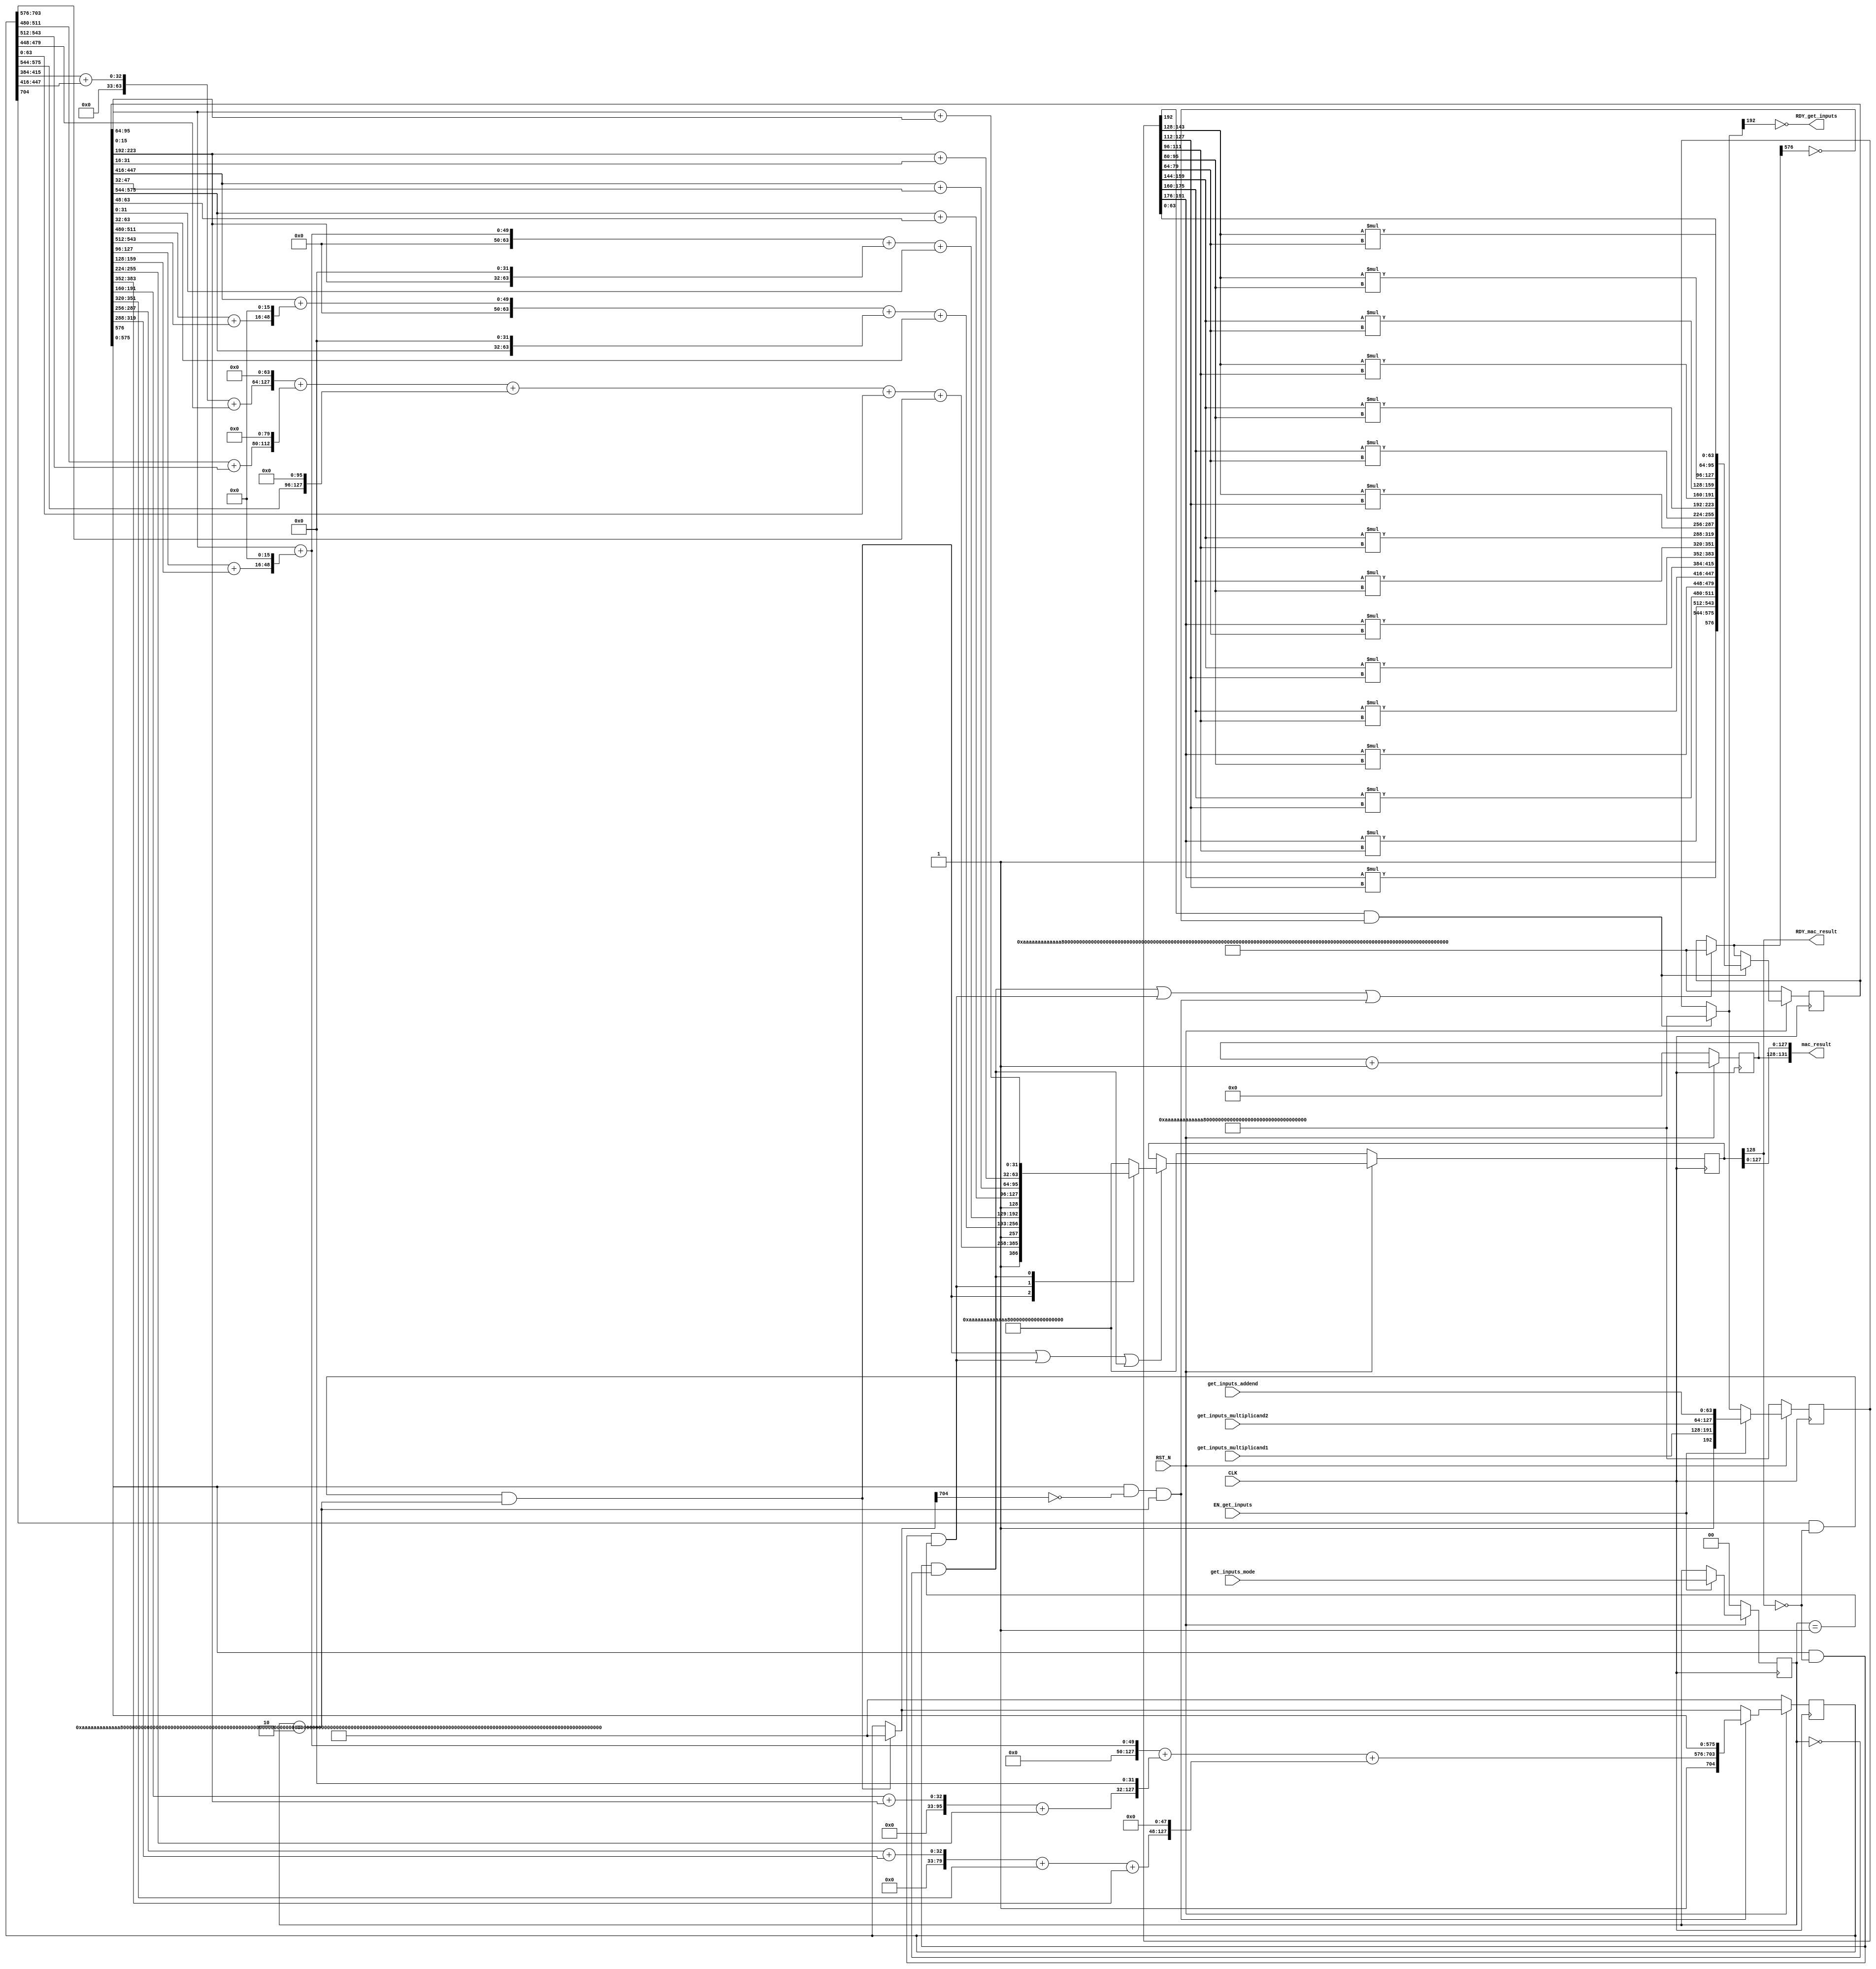
//
// Generated by Bluespec Compiler, version 2021.12.1 (build fd501401)
//
// On Tue May  9 21:53:42 IST 2023
//
//
// Ports:
// Name                         I/O  size props
// RDY_get_inputs                 O     1
// mac_result                     O   132
// RDY_mac_result                 O     1
// CLK                            I     1 clock
// RST_N                          I     1 reset
// get_inputs_multiplicand1       I    64
// get_inputs_multiplicand2       I    64
// get_inputs_addend              I    64
// get_inputs_mode                I     2 reg
// EN_get_inputs                  I     1
//
// No combinational paths from inputs to outputs
//
//

`ifdef BSV_ASSIGNMENT_DELAY
`else
  `define BSV_ASSIGNMENT_DELAY
`endif

`ifdef BSV_POSITIVE_RESET
  `define BSV_RESET_VALUE 1'b1
  `define BSV_RESET_EDGE posedge
`else
  `define BSV_RESET_VALUE 1'b0
  `define BSV_RESET_EDGE negedge
`endif

module mkMAC64(CLK,
	       RST_N,

	       get_inputs_multiplicand1,
	       get_inputs_multiplicand2,
	       get_inputs_addend,
	       get_inputs_mode,
	       EN_get_inputs,
	       RDY_get_inputs,

	       mac_result,
	       RDY_mac_result);
  input  CLK;
  input  RST_N;

  // action method get_inputs
  input  [63 : 0] get_inputs_multiplicand1;
  input  [63 : 0] get_inputs_multiplicand2;
  input  [63 : 0] get_inputs_addend;
  input  [1 : 0] get_inputs_mode;
  input  EN_get_inputs;
  output RDY_get_inputs;

  // value method mac_result
  output [131 : 0] mac_result;
  output RDY_mac_result;

  // signals for module outputs
  wire [131 : 0] mac_result;
  wire RDY_get_inputs, RDY_mac_result;

  // inlined wires
  reg [128 : 0] mac_output_rv$port1__write_1;
  wire [704 : 0] partial_sum_rv$port1__read,
		 partial_sum_rv$port1__write_1,
		 partial_sum_rv$port2__read;
  wire [576 : 0] partial_product_rv$port1__read,
		 partial_product_rv$port1__write_1,
		 partial_product_rv$port2__read;
  wire [192 : 0] mac_inputs_rv$port1__read,
		 mac_inputs_rv$port1__write_1,
		 mac_inputs_rv$port2__read;
  wire [128 : 0] mac_output_rv$port2__read;
  wire mac_output_rv$EN_port1__write, partial_product_rv$EN_port0__write;

  // register counter
  reg [3 : 0] counter;
  wire [3 : 0] counter$D_IN;
  wire counter$EN;

  // register mac_inputs_rv
  reg [192 : 0] mac_inputs_rv;
  wire [192 : 0] mac_inputs_rv$D_IN;
  wire mac_inputs_rv$EN;

  // register mac_output_rv
  reg [128 : 0] mac_output_rv;
  wire [128 : 0] mac_output_rv$D_IN;
  wire mac_output_rv$EN;

  // register mode_r
  reg [1 : 0] mode_r;
  wire [1 : 0] mode_r$D_IN;
  wire mode_r$EN;

  // register partial_product_rv
  reg [576 : 0] partial_product_rv;
  wire [576 : 0] partial_product_rv$D_IN;
  wire partial_product_rv$EN;

  // register partial_sum_rv
  reg [704 : 0] partial_sum_rv;
  wire [704 : 0] partial_sum_rv$D_IN;
  wire partial_sum_rv$EN;

  // rule scheduling signals
  wire CAN_FIRE_RL_cycle_count,
       CAN_FIRE_RL_rl_generate_partials,
       CAN_FIRE_RL_rl_mac_16,
       CAN_FIRE_RL_rl_mac_32,
       CAN_FIRE_RL_rl_mac_64_1,
       CAN_FIRE_RL_rl_mac_64_2,
       CAN_FIRE_get_inputs,
       WILL_FIRE_RL_cycle_count,
       WILL_FIRE_RL_rl_generate_partials,
       WILL_FIRE_RL_rl_mac_16,
       WILL_FIRE_RL_rl_mac_32,
       WILL_FIRE_RL_rl_mac_64_1,
       WILL_FIRE_RL_rl_mac_64_2,
       WILL_FIRE_get_inputs;

  // inputs to muxes for submodule ports
  wire [128 : 0] MUX_mac_output_rv$port1__write_1__VAL_1,
		 MUX_mac_output_rv$port1__write_1__VAL_2,
		 MUX_mac_output_rv$port1__write_1__VAL_3;

  // remaining internal signals
  wire [127 : 0] x023_PLUS_y024__q5,
		 x387_PLUS_y388__q1,
		 x469_PLUS_y470__q2,
		 x488_PLUS_y489__q4,
		 x591_PLUS_y592__q3,
		 x__h3899,
		 x__h3925,
		 x__h3927,
		 x__h3929,
		 x__h4387,
		 x__h4469,
		 x__h4471,
		 x__h4591,
		 x__h4593,
		 x__h4595,
		 x__h6470,
		 x__h6471,
		 x__h6473,
		 x__h6475,
		 x__h6488,
		 x__h6490,
		 x__h7023,
		 y__h3926,
		 y__h3928,
		 y__h3930,
		 y__h4388,
		 y__h4470,
		 y__h4472,
		 y__h4592,
		 y__h4594,
		 y__h4596,
		 y__h6472,
		 y__h6474,
		 y__h6476,
		 y__h6489,
		 y__h6491,
		 y__h7024;
  wire [63 : 0] _0_CONCAT_mac_inputs_rv_port0__read_BITS_143_TO_ETC___d47,
		_0_CONCAT_mac_inputs_rv_port0__read_BITS_143_TO_ETC___d55,
		_0_CONCAT_mac_inputs_rv_port0__read_BITS_143_TO_ETC___d60,
		_0_CONCAT_mac_inputs_rv_port0__read_BITS_143_TO_ETC___d62,
		_0_CONCAT_mac_inputs_rv_port0__read_BITS_159_TO_ETC___d33,
		_0_CONCAT_mac_inputs_rv_port0__read_BITS_159_TO_ETC___d43,
		_0_CONCAT_mac_inputs_rv_port0__read_BITS_159_TO_ETC___d52,
		_0_CONCAT_mac_inputs_rv_port0__read_BITS_159_TO_ETC___d57,
		_0_CONCAT_mac_inputs_rv_port0__read_BITS_175_TO_ETC___d22,
		_0_CONCAT_mac_inputs_rv_port0__read_BITS_175_TO_ETC___d29,
		_0_CONCAT_mac_inputs_rv_port0__read_BITS_175_TO_ETC___d40,
		_0_CONCAT_mac_inputs_rv_port0__read_BITS_175_TO_ETC___d50,
		_0_CONCAT_mac_inputs_rv_port0__read_BITS_191_TO_ETC___d13,
		_0_CONCAT_mac_inputs_rv_port0__read_BITS_191_TO_ETC___d17,
		_0_CONCAT_mac_inputs_rv_port0__read_BITS_191_TO_ETC___d26,
		_0_CONCAT_mac_inputs_rv_port0__read_BITS_191_TO_ETC___d38,
		mac_32_1__h7245,
		mac_32_2__h7246,
		x306_PLUS_y307__q6,
		x444_PLUS_y445__q7,
		x__h7266,
		x__h7268,
		x__h7270,
		x__h7306,
		x__h7404,
		x__h7406,
		x__h7408,
		x__h7444,
		y__h7267,
		y__h7269,
		y__h7271,
		y__h7307,
		y__h7405,
		y__h7407,
		y__h7409,
		y__h7445;
  wire [31 : 0] mac_16_1__h7572,
		mac_16_2__h7573,
		mac_16_3__h7574,
		mac_16_4__h7575;

  // action method get_inputs
  assign RDY_get_inputs = !mac_inputs_rv$port1__read[192] ;
  assign CAN_FIRE_get_inputs = !mac_inputs_rv$port1__read[192] ;
  assign WILL_FIRE_get_inputs = EN_get_inputs ;

  // value method mac_result
  assign mac_result = { counter, mac_output_rv[127:0] } ;
  assign RDY_mac_result = mac_output_rv[128] ;

  // rule RL_cycle_count
  assign CAN_FIRE_RL_cycle_count = 1'd1 ;
  assign WILL_FIRE_RL_cycle_count = 1'd1 ;

  // rule RL_rl_mac_64_2
  assign CAN_FIRE_RL_rl_mac_64_2 =
	     partial_sum_rv[704] && !mac_output_rv[128] && mode_r == 2'h2 ;
  assign WILL_FIRE_RL_rl_mac_64_2 = CAN_FIRE_RL_rl_mac_64_2 ;

  // rule RL_rl_mac_64_1
  assign CAN_FIRE_RL_rl_mac_64_1 =
	     partial_product_rv[576] && !partial_sum_rv$port1__read[704] &&
	     mode_r == 2'h2 ;
  assign WILL_FIRE_RL_rl_mac_64_1 = CAN_FIRE_RL_rl_mac_64_1 ;

  // rule RL_rl_mac_32
  assign CAN_FIRE_RL_rl_mac_32 =
	     partial_product_rv[576] && !mac_output_rv[128] &&
	     mode_r == 2'h1 ;
  assign WILL_FIRE_RL_rl_mac_32 = CAN_FIRE_RL_rl_mac_32 ;

  // rule RL_rl_mac_16
  assign CAN_FIRE_RL_rl_mac_16 =
	     partial_product_rv[576] && !mac_output_rv[128] &&
	     mode_r == 2'h0 ;
  assign WILL_FIRE_RL_rl_mac_16 = CAN_FIRE_RL_rl_mac_16 ;

  // rule RL_rl_generate_partials
  assign CAN_FIRE_RL_rl_generate_partials =
	     mac_inputs_rv[192] && !partial_product_rv$port1__read[576] ;
  assign WILL_FIRE_RL_rl_generate_partials =
	     CAN_FIRE_RL_rl_generate_partials ;

  // inputs to muxes for submodule ports
  assign MUX_mac_output_rv$port1__write_1__VAL_1 =
	     { 1'd1, x__h6470 + partial_sum_rv[703:576] } ;
  assign MUX_mac_output_rv$port1__write_1__VAL_2 =
	     { 1'd1, mac_32_2__h7246, mac_32_1__h7245 } ;
  assign MUX_mac_output_rv$port1__write_1__VAL_3 =
	     { 1'd1,
	       mac_16_4__h7575,
	       mac_16_3__h7574,
	       mac_16_2__h7573,
	       mac_16_1__h7572 } ;

  // inlined wires
  assign mac_inputs_rv$port1__read =
	     CAN_FIRE_RL_rl_generate_partials ?
	       193'h0AAAAAAAAAAAAAAAAAAAAAAAAAAAAAAAAAAAAAAAAAAAAAAAA :
	       mac_inputs_rv ;
  assign mac_inputs_rv$port1__write_1 =
	     { 1'd1,
	       get_inputs_multiplicand1,
	       get_inputs_multiplicand2,
	       get_inputs_addend } ;
  assign mac_inputs_rv$port2__read =
	     EN_get_inputs ?
	       mac_inputs_rv$port1__write_1 :
	       mac_inputs_rv$port1__read ;
  assign partial_product_rv$EN_port0__write =
	     WILL_FIRE_RL_rl_mac_16 || WILL_FIRE_RL_rl_mac_32 ||
	     WILL_FIRE_RL_rl_mac_64_1 ;
  assign partial_product_rv$port1__read =
	     partial_product_rv$EN_port0__write ?
	       577'h0AAAAAAAAAAAAAAAAAAAAAAAAAAAAAAAAAAAAAAAAAAAAAAAAAAAAAAAAAAAAAAAAAAAAAAAAAAAAAAAAAAAAAAAAAAAAAAAAAAAAAAAAAAAAAAAAAAAAAAAAAAAAAAAAAAAAAAAAAAAAAAAA :
	       partial_product_rv ;
  assign partial_product_rv$port1__write_1 =
	     { 1'd1,
	       _0_CONCAT_mac_inputs_rv_port0__read_BITS_191_TO_ETC___d13[31:0],
	       _0_CONCAT_mac_inputs_rv_port0__read_BITS_191_TO_ETC___d17[31:0],
	       _0_CONCAT_mac_inputs_rv_port0__read_BITS_175_TO_ETC___d22[31:0],
	       _0_CONCAT_mac_inputs_rv_port0__read_BITS_191_TO_ETC___d26[31:0],
	       _0_CONCAT_mac_inputs_rv_port0__read_BITS_175_TO_ETC___d29[31:0],
	       _0_CONCAT_mac_inputs_rv_port0__read_BITS_159_TO_ETC___d33[31:0],
	       _0_CONCAT_mac_inputs_rv_port0__read_BITS_191_TO_ETC___d38[31:0],
	       _0_CONCAT_mac_inputs_rv_port0__read_BITS_175_TO_ETC___d40[31:0],
	       _0_CONCAT_mac_inputs_rv_port0__read_BITS_159_TO_ETC___d43[31:0],
	       _0_CONCAT_mac_inputs_rv_port0__read_BITS_143_TO_ETC___d47[31:0],
	       _0_CONCAT_mac_inputs_rv_port0__read_BITS_175_TO_ETC___d50[31:0],
	       _0_CONCAT_mac_inputs_rv_port0__read_BITS_159_TO_ETC___d52[31:0],
	       _0_CONCAT_mac_inputs_rv_port0__read_BITS_143_TO_ETC___d55[31:0],
	       _0_CONCAT_mac_inputs_rv_port0__read_BITS_159_TO_ETC___d57[31:0],
	       _0_CONCAT_mac_inputs_rv_port0__read_BITS_143_TO_ETC___d60[31:0],
	       _0_CONCAT_mac_inputs_rv_port0__read_BITS_143_TO_ETC___d62[31:0],
	       mac_inputs_rv[63:0] } ;
  assign partial_product_rv$port2__read =
	     CAN_FIRE_RL_rl_generate_partials ?
	       partial_product_rv$port1__write_1 :
	       partial_product_rv$port1__read ;
  assign partial_sum_rv$port1__read =
	     CAN_FIRE_RL_rl_mac_64_2 ?
	       705'h0AAAAAAAAAAAAAAAAAAAAAAAAAAAAAAAAAAAAAAAAAAAAAAAAAAAAAAAAAAAAAAAAAAAAAAAAAAAAAAAAAAAAAAAAAAAAAAAAAAAAAAAAAAAAAAAAAAAAAAAAAAAAAAAAAAAAAAAAAAAAAAAAAAAAAAAAAAAAAAAAAAAAAAAAAAAAAAAA :
	       partial_sum_rv ;
  assign partial_sum_rv$port1__write_1 =
	     { 1'd1, x__h3899, partial_product_rv[575:0] } ;
  assign partial_sum_rv$port2__read =
	     CAN_FIRE_RL_rl_mac_64_1 ?
	       partial_sum_rv$port1__write_1 :
	       partial_sum_rv$port1__read ;
  assign mac_output_rv$EN_port1__write =
	     WILL_FIRE_RL_rl_mac_64_2 || WILL_FIRE_RL_rl_mac_32 ||
	     WILL_FIRE_RL_rl_mac_16 ;
  always@(WILL_FIRE_RL_rl_mac_64_2 or
	  MUX_mac_output_rv$port1__write_1__VAL_1 or
	  WILL_FIRE_RL_rl_mac_32 or
	  MUX_mac_output_rv$port1__write_1__VAL_2 or
	  WILL_FIRE_RL_rl_mac_16 or MUX_mac_output_rv$port1__write_1__VAL_3)
  begin
    case (1'b1) // synopsys parallel_case
      WILL_FIRE_RL_rl_mac_64_2:
	  mac_output_rv$port1__write_1 =
	      MUX_mac_output_rv$port1__write_1__VAL_1;
      WILL_FIRE_RL_rl_mac_32:
	  mac_output_rv$port1__write_1 =
	      MUX_mac_output_rv$port1__write_1__VAL_2;
      WILL_FIRE_RL_rl_mac_16:
	  mac_output_rv$port1__write_1 =
	      MUX_mac_output_rv$port1__write_1__VAL_3;
      default: mac_output_rv$port1__write_1 =
		   129'h0AAAAAAAAAAAAAAAAAAAAAAAAAAAAAAAA /* unspecified value */ ;
    endcase
  end
  assign mac_output_rv$port2__read =
	     mac_output_rv$EN_port1__write ?
	       mac_output_rv$port1__write_1 :
	       mac_output_rv ;

  // register counter
  assign counter$D_IN = counter + 4'd1 ;
  assign counter$EN = 1'd1 ;

  // register mac_inputs_rv
  assign mac_inputs_rv$D_IN = mac_inputs_rv$port2__read ;
  assign mac_inputs_rv$EN = 1'b1 ;

  // register mac_output_rv
  assign mac_output_rv$D_IN = mac_output_rv$port2__read ;
  assign mac_output_rv$EN = 1'b1 ;

  // register mode_r
  assign mode_r$D_IN = get_inputs_mode ;
  assign mode_r$EN = EN_get_inputs ;

  // register partial_product_rv
  assign partial_product_rv$D_IN = partial_product_rv$port2__read ;
  assign partial_product_rv$EN = 1'b1 ;

  // register partial_sum_rv
  assign partial_sum_rv$D_IN = partial_sum_rv$port2__read ;
  assign partial_sum_rv$EN = 1'b1 ;

  // remaining internal signals
  assign _0_CONCAT_mac_inputs_rv_port0__read_BITS_143_TO_ETC___d47 =
	     { 16'd0, mac_inputs_rv[143:128] } *
	     { 16'd0, mac_inputs_rv[127:112] } ;
  assign _0_CONCAT_mac_inputs_rv_port0__read_BITS_143_TO_ETC___d55 =
	     { 16'd0, mac_inputs_rv[143:128] } *
	     { 16'd0, mac_inputs_rv[111:96] } ;
  assign _0_CONCAT_mac_inputs_rv_port0__read_BITS_143_TO_ETC___d60 =
	     { 16'd0, mac_inputs_rv[143:128] } *
	     { 16'd0, mac_inputs_rv[95:80] } ;
  assign _0_CONCAT_mac_inputs_rv_port0__read_BITS_143_TO_ETC___d62 =
	     { 16'd0, mac_inputs_rv[143:128] } *
	     { 16'd0, mac_inputs_rv[79:64] } ;
  assign _0_CONCAT_mac_inputs_rv_port0__read_BITS_159_TO_ETC___d33 =
	     { 16'd0, mac_inputs_rv[159:144] } *
	     { 16'd0, mac_inputs_rv[127:112] } ;
  assign _0_CONCAT_mac_inputs_rv_port0__read_BITS_159_TO_ETC___d43 =
	     { 16'd0, mac_inputs_rv[159:144] } *
	     { 16'd0, mac_inputs_rv[111:96] } ;
  assign _0_CONCAT_mac_inputs_rv_port0__read_BITS_159_TO_ETC___d52 =
	     { 16'd0, mac_inputs_rv[159:144] } *
	     { 16'd0, mac_inputs_rv[95:80] } ;
  assign _0_CONCAT_mac_inputs_rv_port0__read_BITS_159_TO_ETC___d57 =
	     { 16'd0, mac_inputs_rv[159:144] } *
	     { 16'd0, mac_inputs_rv[79:64] } ;
  assign _0_CONCAT_mac_inputs_rv_port0__read_BITS_175_TO_ETC___d22 =
	     { 16'd0, mac_inputs_rv[175:160] } *
	     { 16'd0, mac_inputs_rv[127:112] } ;
  assign _0_CONCAT_mac_inputs_rv_port0__read_BITS_175_TO_ETC___d29 =
	     { 16'd0, mac_inputs_rv[175:160] } *
	     { 16'd0, mac_inputs_rv[111:96] } ;
  assign _0_CONCAT_mac_inputs_rv_port0__read_BITS_175_TO_ETC___d40 =
	     { 16'd0, mac_inputs_rv[175:160] } *
	     { 16'd0, mac_inputs_rv[95:80] } ;
  assign _0_CONCAT_mac_inputs_rv_port0__read_BITS_175_TO_ETC___d50 =
	     { 16'd0, mac_inputs_rv[175:160] } *
	     { 16'd0, mac_inputs_rv[79:64] } ;
  assign _0_CONCAT_mac_inputs_rv_port0__read_BITS_191_TO_ETC___d13 =
	     { 16'd0, mac_inputs_rv[191:176] } *
	     { 16'd0, mac_inputs_rv[127:112] } ;
  assign _0_CONCAT_mac_inputs_rv_port0__read_BITS_191_TO_ETC___d17 =
	     { 16'd0, mac_inputs_rv[191:176] } *
	     { 16'd0, mac_inputs_rv[111:96] } ;
  assign _0_CONCAT_mac_inputs_rv_port0__read_BITS_191_TO_ETC___d26 =
	     { 16'd0, mac_inputs_rv[191:176] } *
	     { 16'd0, mac_inputs_rv[95:80] } ;
  assign _0_CONCAT_mac_inputs_rv_port0__read_BITS_191_TO_ETC___d38 =
	     { 16'd0, mac_inputs_rv[191:176] } *
	     { 16'd0, mac_inputs_rv[79:64] } ;
  assign mac_16_1__h7572 =
	     partial_product_rv[95:64] + { 16'd0, partial_product_rv[15:0] } ;
  assign mac_16_2__h7573 =
	     partial_product_rv[223:192] +
	     { 16'd0, partial_product_rv[31:16] } ;
  assign mac_16_3__h7574 =
	     partial_product_rv[447:416] +
	     { 16'd0, partial_product_rv[47:32] } ;
  assign mac_16_4__h7575 =
	     partial_product_rv[575:544] +
	     { 16'd0, partial_product_rv[63:48] } ;
  assign mac_32_1__h7245 = x__h7404 + y__h7405 ;
  assign mac_32_2__h7246 = x__h7266 + y__h7267 ;
  assign x023_PLUS_y024__q5 = x__h7023 + y__h7024 ;
  assign x306_PLUS_y307__q6 = x__h7306 + y__h7307 ;
  assign x387_PLUS_y388__q1 = x__h4387 + y__h4388 ;
  assign x444_PLUS_y445__q7 = x__h7444 + y__h7445 ;
  assign x469_PLUS_y470__q2 = x__h4469 + y__h4470 ;
  assign x488_PLUS_y489__q4 = x__h6488 + y__h6489 ;
  assign x591_PLUS_y592__q3 = x__h4591 + y__h4592 ;
  assign x__h3899 = x__h3925 + y__h3926 ;
  assign x__h3925 = x__h3927 + y__h3928 ;
  assign x__h3927 = x__h3929 + y__h3930 ;
  assign x__h3929 = { 96'd0, partial_product_rv[95:64] } ;
  assign x__h4387 = { 96'd0, partial_product_rv[127:96] } ;
  assign x__h4469 = x__h4471 + y__h4472 ;
  assign x__h4471 = { 96'd0, partial_product_rv[191:160] } ;
  assign x__h4591 = x__h4593 + y__h4594 ;
  assign x__h4593 = x__h4595 + y__h4596 ;
  assign x__h4595 = { 96'd0, partial_product_rv[287:256] } ;
  assign x__h6470 = x__h6471 + y__h6472 ;
  assign x__h6471 = x__h6473 + y__h6474 ;
  assign x__h6473 = x__h6475 + y__h6476 ;
  assign x__h6475 = { x488_PLUS_y489__q4[63:0], 64'd0 } ;
  assign x__h6488 = x__h6490 + y__h6491 ;
  assign x__h6490 = { 96'd0, partial_sum_rv[415:384] } ;
  assign x__h7023 = { 96'd0, partial_sum_rv[511:480] } ;
  assign x__h7266 = x__h7268 + y__h7269 ;
  assign x__h7268 = x__h7270 + y__h7271 ;
  assign x__h7270 = { 32'd0, partial_product_rv[447:416] } ;
  assign x__h7306 = { 32'd0, partial_product_rv[511:480] } ;
  assign x__h7404 = x__h7406 + y__h7407 ;
  assign x__h7406 = x__h7408 + y__h7409 ;
  assign x__h7408 = { 32'd0, partial_product_rv[95:64] } ;
  assign x__h7444 = { 32'd0, partial_product_rv[127:96] } ;
  assign y__h3926 = { x591_PLUS_y592__q3[79:0], 48'd0 } ;
  assign y__h3928 = { x469_PLUS_y470__q2[95:0], 32'd0 } ;
  assign y__h3930 = { x387_PLUS_y388__q1[111:0], 16'd0 } ;
  assign y__h4388 = { 96'd0, partial_product_rv[159:128] } ;
  assign y__h4470 = { 96'd0, partial_product_rv[255:224] } ;
  assign y__h4472 = { 96'd0, partial_product_rv[223:192] } ;
  assign y__h4592 = { 96'd0, partial_product_rv[383:352] } ;
  assign y__h4594 = { 96'd0, partial_product_rv[351:320] } ;
  assign y__h4596 = { 96'd0, partial_product_rv[319:288] } ;
  assign y__h6472 = { 64'd0, partial_sum_rv[63:0] } ;
  assign y__h6474 = { partial_sum_rv[575:544], 96'd0 } ;
  assign y__h6476 = { x023_PLUS_y024__q5[47:0], 80'd0 } ;
  assign y__h6489 = { 96'd0, partial_sum_rv[479:448] } ;
  assign y__h6491 = { 96'd0, partial_sum_rv[447:416] } ;
  assign y__h7024 = { 96'd0, partial_sum_rv[543:512] } ;
  assign y__h7267 = { 32'd0, partial_product_rv[63:32] } ;
  assign y__h7269 = { partial_product_rv[575:544], 32'd0 } ;
  assign y__h7271 = { x306_PLUS_y307__q6[47:0], 16'd0 } ;
  assign y__h7307 = { 32'd0, partial_product_rv[543:512] } ;
  assign y__h7405 = { 32'd0, partial_product_rv[31:0] } ;
  assign y__h7407 = { partial_product_rv[223:192], 32'd0 } ;
  assign y__h7409 = { x444_PLUS_y445__q7[47:0], 16'd0 } ;
  assign y__h7445 = { 32'd0, partial_product_rv[159:128] } ;

  // handling of inlined registers

  always@(posedge CLK)
  begin
    if (RST_N == `BSV_RESET_VALUE)
      begin
        counter <= `BSV_ASSIGNMENT_DELAY 4'd0;
	mac_inputs_rv <= `BSV_ASSIGNMENT_DELAY
	    193'h0AAAAAAAAAAAAAAAAAAAAAAAAAAAAAAAAAAAAAAAAAAAAAAAA;
	mac_output_rv <= `BSV_ASSIGNMENT_DELAY
	    129'h0AAAAAAAAAAAAAAAAAAAAAAAAAAAAAAAA;
	mode_r <= `BSV_ASSIGNMENT_DELAY 2'd0;
	partial_product_rv <= `BSV_ASSIGNMENT_DELAY
	    577'h0AAAAAAAAAAAAAAAAAAAAAAAAAAAAAAAAAAAAAAAAAAAAAAAAAAAAAAAAAAAAAAAAAAAAAAAAAAAAAAAAAAAAAAAAAAAAAAAAAAAAAAAAAAAAAAAAAAAAAAAAAAAAAAAAAAAAAAAAAAAAAAAA;
	partial_sum_rv <= `BSV_ASSIGNMENT_DELAY
	    705'h0AAAAAAAAAAAAAAAAAAAAAAAAAAAAAAAAAAAAAAAAAAAAAAAAAAAAAAAAAAAAAAAAAAAAAAAAAAAAAAAAAAAAAAAAAAAAAAAAAAAAAAAAAAAAAAAAAAAAAAAAAAAAAAAAAAAAAAAAAAAAAAAAAAAAAAAAAAAAAAAAAAAAAAAAAAAAAAAA;
      end
    else
      begin
        if (counter$EN) counter <= `BSV_ASSIGNMENT_DELAY counter$D_IN;
	if (mac_inputs_rv$EN)
	  mac_inputs_rv <= `BSV_ASSIGNMENT_DELAY mac_inputs_rv$D_IN;
	if (mac_output_rv$EN)
	  mac_output_rv <= `BSV_ASSIGNMENT_DELAY mac_output_rv$D_IN;
	if (mode_r$EN) mode_r <= `BSV_ASSIGNMENT_DELAY mode_r$D_IN;
	if (partial_product_rv$EN)
	  partial_product_rv <= `BSV_ASSIGNMENT_DELAY partial_product_rv$D_IN;
	if (partial_sum_rv$EN)
	  partial_sum_rv <= `BSV_ASSIGNMENT_DELAY partial_sum_rv$D_IN;
      end
  end

  // synopsys translate_off
  `ifdef BSV_NO_INITIAL_BLOCKS
  `else // not BSV_NO_INITIAL_BLOCKS
  initial
  begin
    counter = 4'hA;
    mac_inputs_rv = 193'h0AAAAAAAAAAAAAAAAAAAAAAAAAAAAAAAAAAAAAAAAAAAAAAAA;
    mac_output_rv = 129'h0AAAAAAAAAAAAAAAAAAAAAAAAAAAAAAAA;
    mode_r = 2'h2;
    partial_product_rv =
	577'h0AAAAAAAAAAAAAAAAAAAAAAAAAAAAAAAAAAAAAAAAAAAAAAAAAAAAAAAAAAAAAAAAAAAAAAAAAAAAAAAAAAAAAAAAAAAAAAAAAAAAAAAAAAAAAAAAAAAAAAAAAAAAAAAAAAAAAAAAAAAAAAAA;
    partial_sum_rv =
	705'h0AAAAAAAAAAAAAAAAAAAAAAAAAAAAAAAAAAAAAAAAAAAAAAAAAAAAAAAAAAAAAAAAAAAAAAAAAAAAAAAAAAAAAAAAAAAAAAAAAAAAAAAAAAAAAAAAAAAAAAAAAAAAAAAAAAAAAAAAAAAAAAAAAAAAAAAAAAAAAAAAAAAAAAAAAAAAAAAA;
  end
  `endif // BSV_NO_INITIAL_BLOCKS
  // synopsys translate_on
endmodule  // mkMAC64